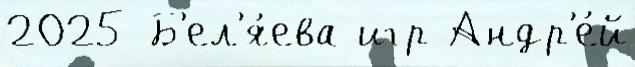
2025 Б'ел'я́ева игр Андр'е́й